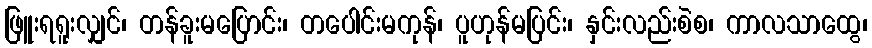
ဖြူးရရူးလျှင်၊ တန်ခူးမပြောင်း၊ တပေါင်းမကုန်၊ ပူဟုန်မပြင်း၊ နှင်းလည်းစဲစ၊ ကာလသာထွေ၊